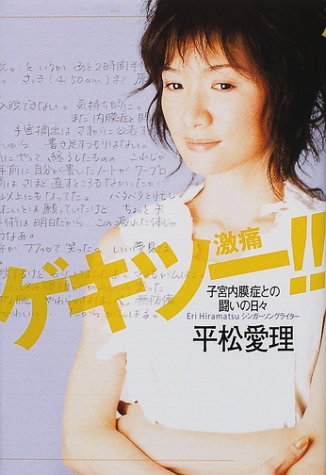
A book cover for The day of the fight against endometriosis people - Gekitsu! (2001) ISBN: 4062108747 [Japanese Import]; Health, Fitness & Dieting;